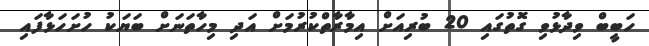
ހަބީބް ވިދާޅުވި ގޮތުގައި 20 ބުރިއަށް އިމާރާތްކުރުމަށް އަދި މިހާތަނަށް ބަޔަކު ހުށަހަޅާފައި